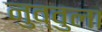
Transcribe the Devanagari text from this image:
नुव्वुला